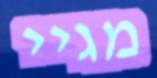
מגיי